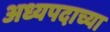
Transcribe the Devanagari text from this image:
अध्यपदाच्या